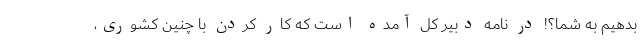
بدهیم به شما؟! در نامه دبیر کل آمده است که کار کردن با چنین کشوری،